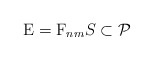
\begin{align*}{\rm E}={\rm F}_{nm}S\subset \mathcal P\end{align*}